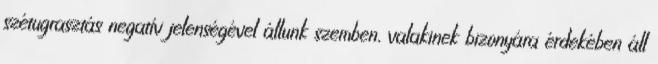
szétugrasztás negatív jelenségével állunk szemben, valakinek bizonyára érdekében áll